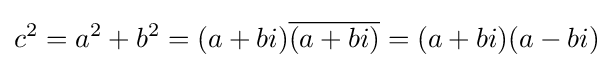
c^{2}=a^{2}+b^{2}=(a+bi){\overline {(a+bi)}}=(a+bi)(a-bi)